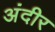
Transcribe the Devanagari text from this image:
अंदीर